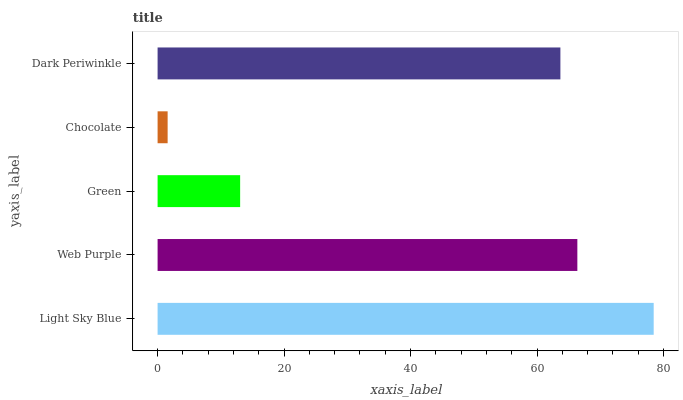
| yaxis_label | bars |
 | --- | --- |
 | Light Sky Blue | 78.4 |
 | Web Purple | 66.4 |
 | Green | 13.1 |
 | Chocolate | 1.59 |
 | Dark Periwinkle | 63.7 |